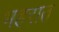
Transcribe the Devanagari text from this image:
भहरात